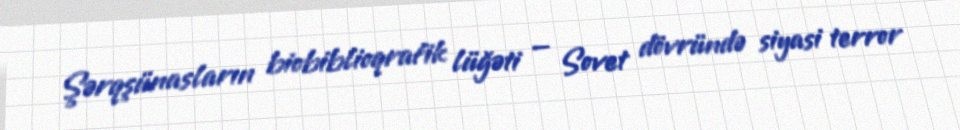
Şərqşünasların biobiblioqrafik lüğəti — Sovet dövründə siyasi terror